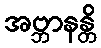
အဗ္ဘာနန္တိ